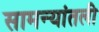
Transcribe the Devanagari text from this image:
सामन्यांतली